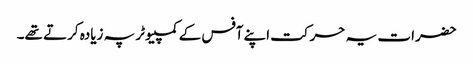
حضرات یہ حرکت اپنے آفس کے کمپیوٹر پہ زیادہ کرتے تھے۔